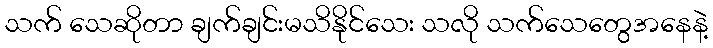
သက် သေဆိုတာ ချက်ချင်းမသိနိုင်သေး သလို သက်သေတွေအနေနဲ့